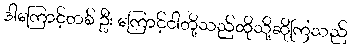
ဒါကြောင့်တစ် ဦး ကြောင့်ငါတို့သည်ထိုသို့ဆိုကြသည်